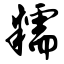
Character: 糯